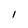
Character: l